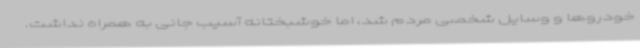
خودروها و وسایل شخصی مردم شد، اما خوشبختانه آسیب جانی به همراه نداشت.